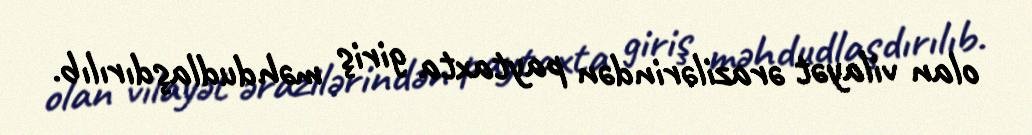
olan vilayət ərazilərindən paytaxta giriş məhdudlaşdırılıb.